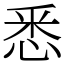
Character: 悉